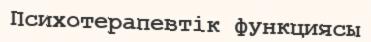
Психотерапевтік функциясы